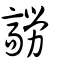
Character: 髝